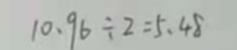
1 0 . 9 6 \div 2 = 5 . 4 8